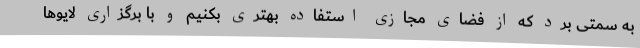
به سمتی برد که از فضای مجازی استفاده بهتری بکنیم و با برگزاری لایوها